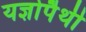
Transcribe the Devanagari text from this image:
यज्ञोपैथी